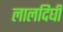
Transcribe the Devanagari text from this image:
लालदिघी